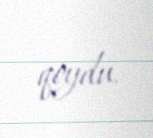
qoydu.